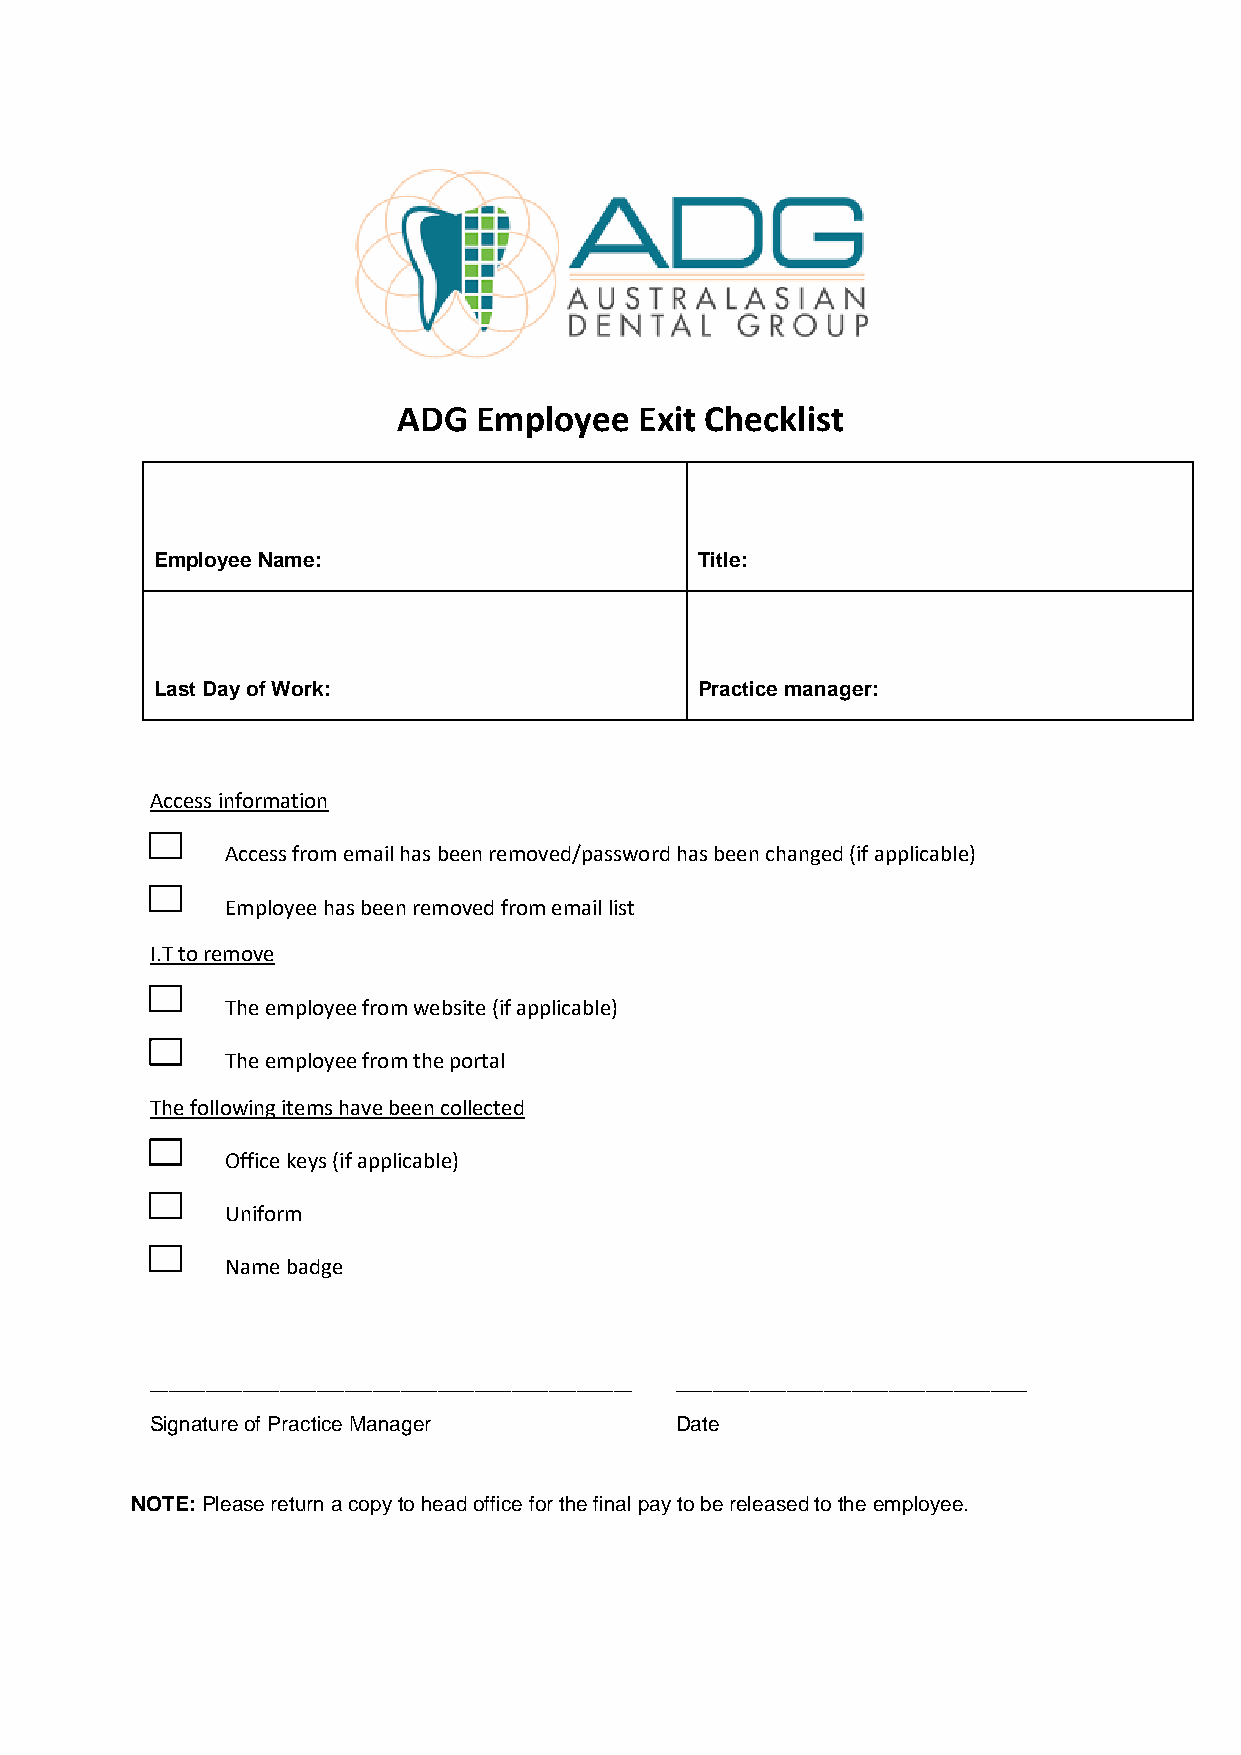
ADG   Employee  Exit Checklist
 Employee Name:                      Title:
 Last Day of Work:                   Practice manager:
 Access information
 Access from email has been removed/password has been changed (if applicable)
 Employee has been removed from email list
 I.T to remove
 The employee from website (if applicable)
 The employee from the portal
 The following items have been collected
 Office keys (if applicable)
 Uniform
 Name badge
 ____________________________________________________ ______________________________________
 Signature of Practice Manager      Date
 NOTE: Please return a copy to head office for the final pay to be released to the employee.